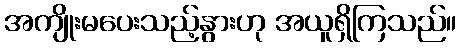
အကျိုးမပေးသည့်နွားဟု အယူရှိကြသည်။